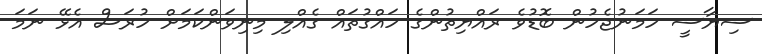
ސިޔާސީ ހަމަނުޖެހުން ބޮޑުވެ ރައްޔިތުންގެ ހައްގުތައް ގެއްލި މިނިވަންކަމަށް ހުރަސް އެޅޭ ނަމަ